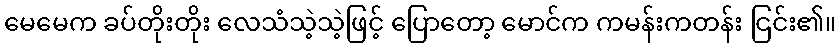
မေမေက ခပ်တိုးတိုး လေသံသဲ့သဲ့ဖြင့် ပြောတော့ မောင်က ကမန်းကတန်း ငြင်း၏။